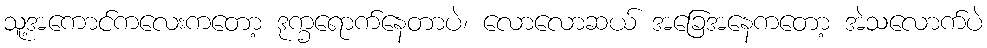
သူ့အကောင်ကလေးကတော့ ဒုက္ခရောက်နေတာပဲ၊ လောလောဆယ် အခြေအနေကတော့ အဲသလောက်ပဲ